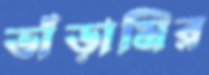
ভাঁড়ামির